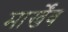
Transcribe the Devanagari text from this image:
मार्खेंव